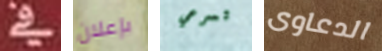
في بإعلان تسرعي الدعاوى